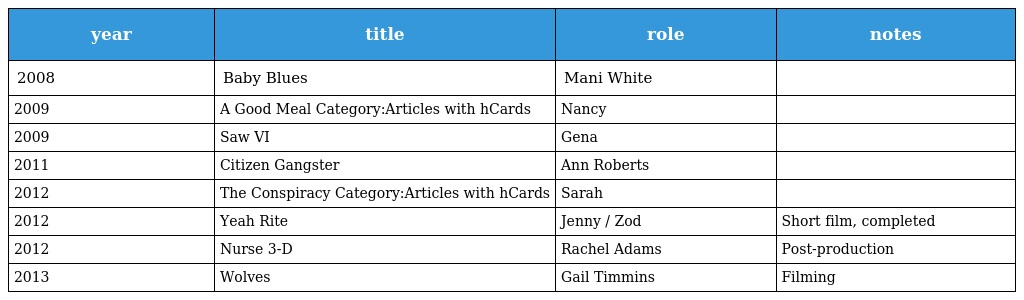
| year | title | role | notes |
 | --- | --- | --- | --- |
 | 2008 | Baby Blues | Mani White |  |
 | 2009 | A Good Meal Category:Articles with hCards | Nancy |  |
 | 2009 | Saw VI | Gena |  |
 | 2011 | Citizen Gangster | Ann Roberts |  |
 | 2012 | The Conspiracy Category:Articles with hCards | Sarah |  |
 | 2012 | Yeah Rite | Jenny / Zod | Short film, completed |
 | 2012 | Nurse 3-D | Rachel Adams | Post-production |
 | 2013 | Wolves | Gail Timmins | Filming |